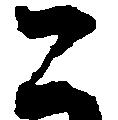
二